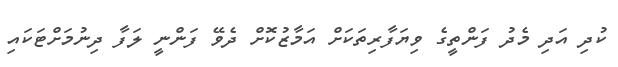
ކުދި އަދި މެދު ފަންތީގެ ވިޔަފާރިތަކަށް އަމާޒުކޮށް ދެވޭ ފަންނީ ލަފާ ދިނުމަށްޓަކައި